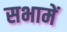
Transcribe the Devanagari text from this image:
सभामें